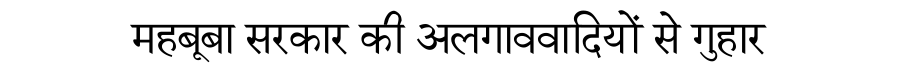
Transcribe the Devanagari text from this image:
महबूबा सरकार की अलगाववादियों से गुहार